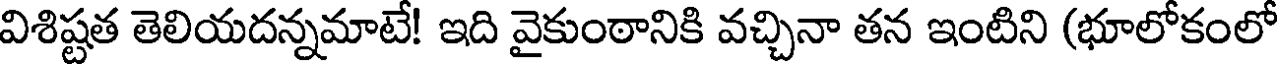
విశిష్టత తెలియదన్నమాటే! ఇది వైకుంఠానికి వచ్చినా తన ఇంటిని (భూలోకంలో